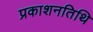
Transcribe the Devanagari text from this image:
प्रकाशनतिथि